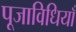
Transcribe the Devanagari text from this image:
पूजाविधियाँ